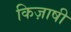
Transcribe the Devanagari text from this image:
किज़ाषी